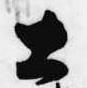
土